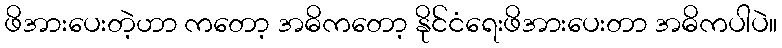
ဖိအားပေးတဲ့ဟာ ကတော့ အဓိကတော့ နိုင်ငံရေးဖိအားပေးတာ အဓိကပါပဲ။